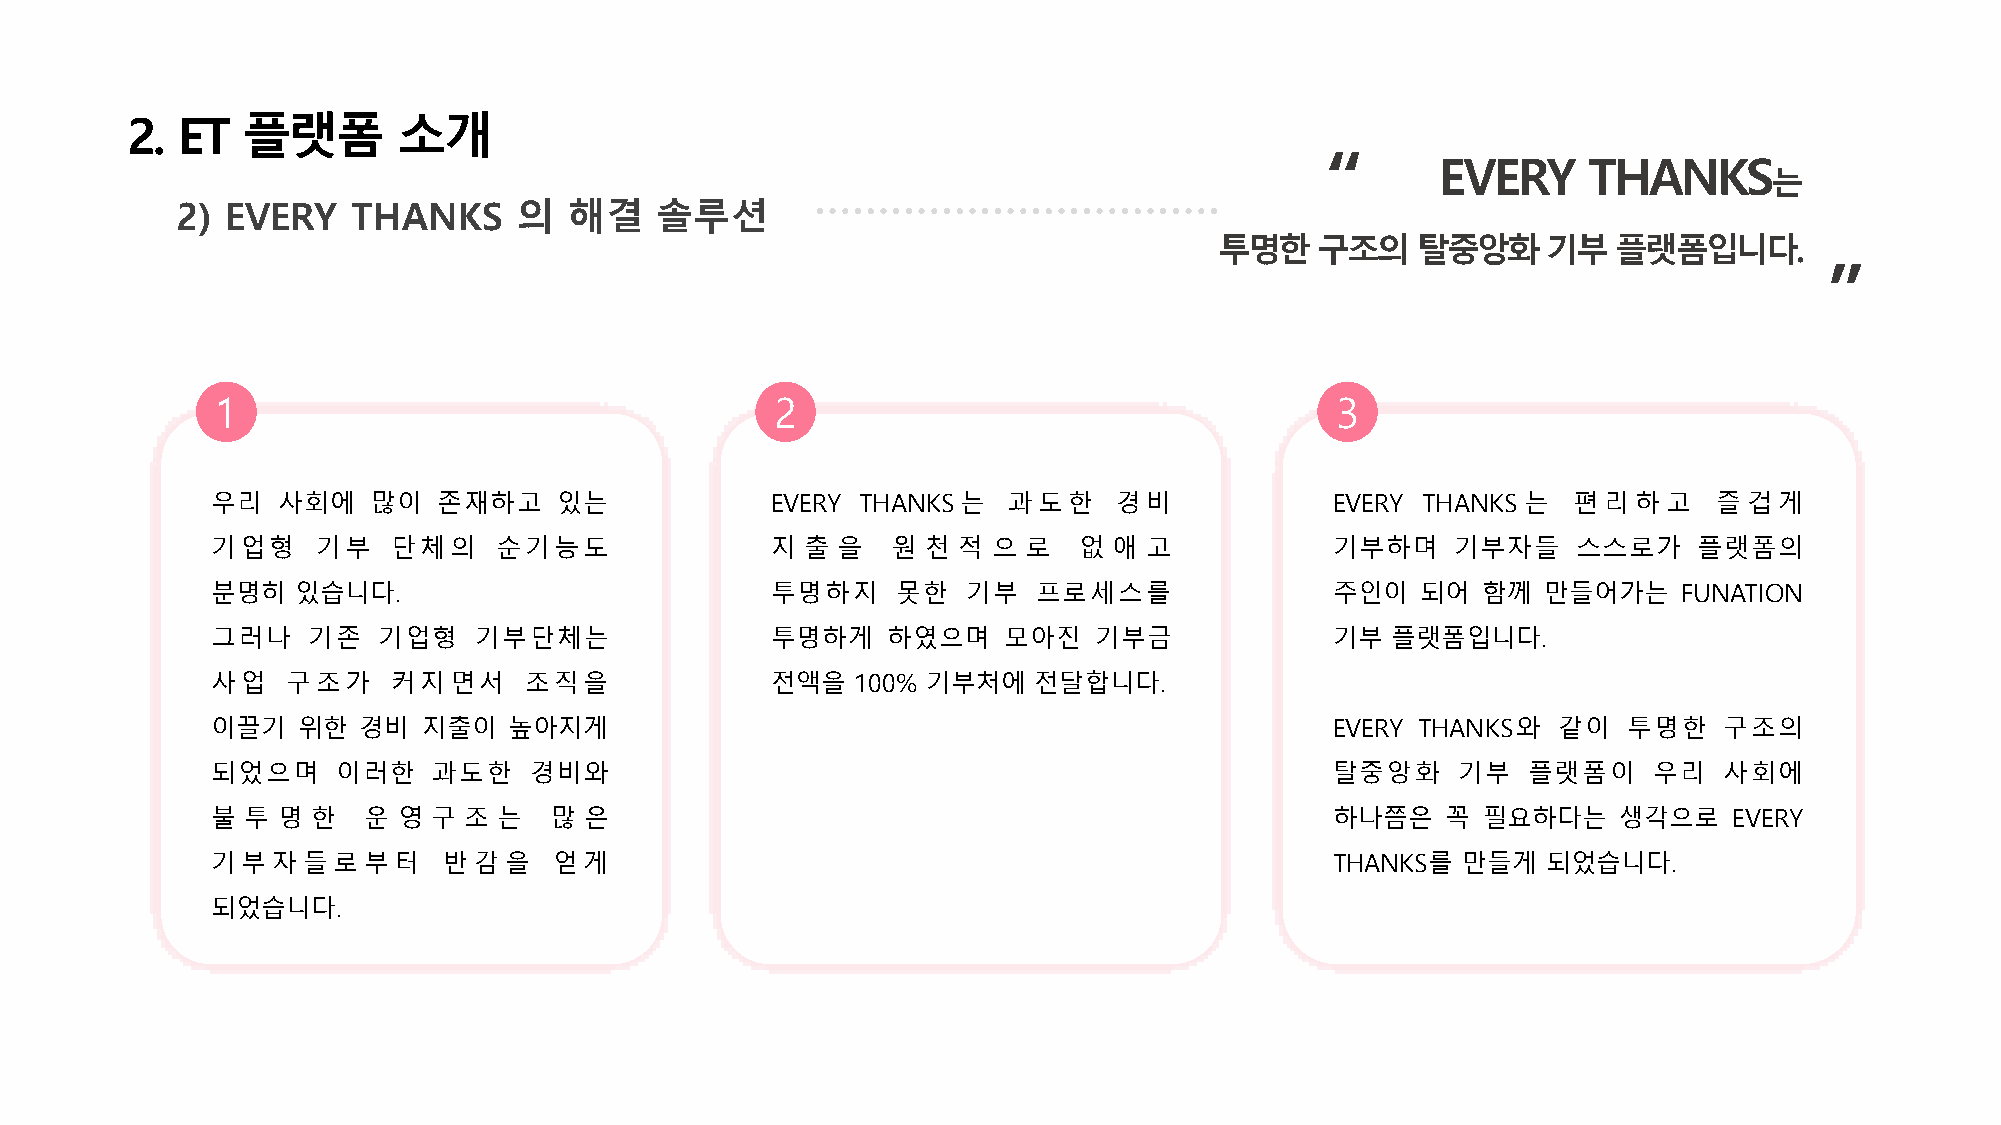
2.  ET  플랫폼       소개
 “
 EVERY     THANKS
 는
 2) EVERY   THANKS     의   해결   솔루션
 투명한구조의탈중앙화기부플랫폼입니다.
 ”
 1                                    2                                    3
 우리  사회에    많이  존재하고    있는            EVERY THANKS는   과도한    경비            EVERY THANKS 는  편리하고      즐겁게
 기업형    기부   단체의    순기능도              지 출 을   원 천 적  으 로  없  애 고           기부하며    기부자들    스스로가    플랫폼의
 분명히   있습니다.                          투명하지    못한   기부   프로세스를              주인이   되어  함께  만들어가는    FUNATION
 그러나   기존   기업형   기부단체는               투명하게    하였으며   모아진   기부금             기부  플랫폼입니다.
 사업   구조가    커지면서     조직을             전액을   100% 기부처에  전달합니다.
 이끌기   위한  경비  지출이   높아지게                                                  EVERY THANKS와  같이   투명한   구조의
 되었으며    이러한    과도한   경비와                                                  탈중앙화    기부   플랫폼이    우리   사회에
 불 투 명  한  운 영  구 조 는  많  은                                                하나쯤은    꼭 필요하다는    생각으로    EVERY
 기부자들로부터        반감을     얻게                                                 THANKS를  만들게  되었습니다.
 되었습니다.